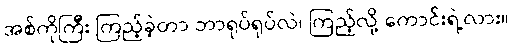
အစ်ကိုကြီး ကြည့်ခဲ့တာ ဘာရုပ်ရုပ်လဲ၊ ကြည့်လို့ ကောင်းရဲ့လား။